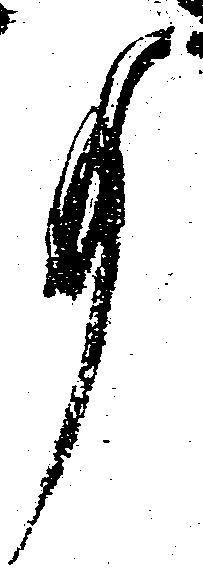
事